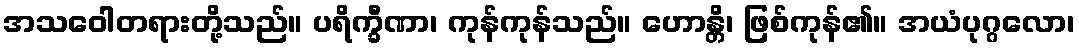
အသဝေါတရားတို့သည်။ ပရိက္ခီဏာ၊ ကုန်ကုန်သည်။ ဟောန္တိ၊ ဖြစ်ကုန်၏။ အယံပုဂ္ဂလော၊